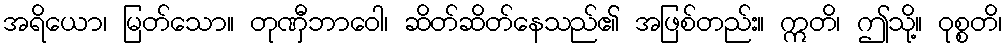
အရိယော၊ မြတ်သော။ တုဏှီဘာဝေါ၊ ဆိတ်ဆိတ်နေသည်၏ အဖြစ်တည်း။ ဣတိ၊ ဤသို့။ ဝုစ္စတိ၊